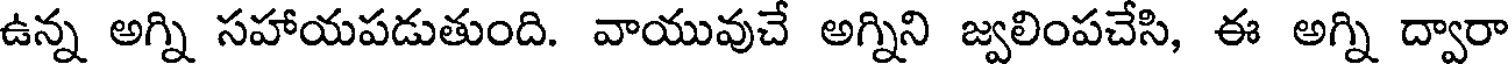
ఉన్న అగ్ని సహాయపడుతుంది. వాయువుచే అగ్నిని జ్వలింపచేసి, ఈ అగ్ని ద్వారా